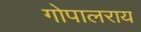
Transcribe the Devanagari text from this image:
गोपालराय